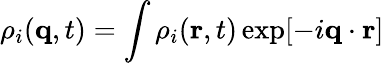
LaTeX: \rho_{i}(\textbf{q},t)=\int\rho_{i}(\textbf{r},t)\exp[-i\textbf{q}\cdot\textbf{r}]